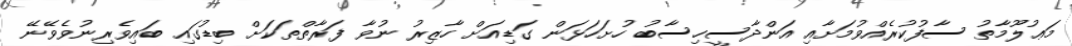
މަޢުލޫމާތު ސާފުކުރެއްވުމަށާއި އަންދާސީހިސާބު ހުށަހަޅަން ގަޑިއަށް ހާޒިރު ނުވާ ފަރާތްތަކަށް ބިޑުގައި ބައިވެރިނުވެވޭނޭ